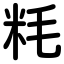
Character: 粍